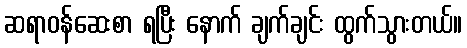
ဆရာဝန်ဆေးစာ ရပြီး နောက် ချက်ချင်း ထွက်သွားတယ်။